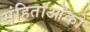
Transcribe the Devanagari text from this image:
संहिताओंको